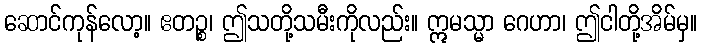
ဆောင်ကုန်လော့။ ဧတဉ္စ၊ ဤသတို့သမီးကိုလည်း။ ဣမသ္မာ ဂေဟာ၊ ဤငါတို့အိမ်မှ။